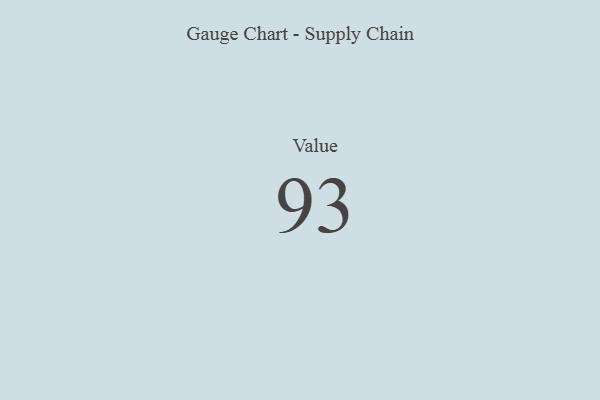
{"axis": {"x": "Metric", "y": "Value"}, "legend": [""], "data": [{"x": "Value", "y": 93, "type": ""}]}